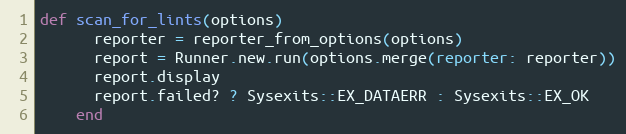
Language: Ruby
def scan_for_lints(options)
      reporter = reporter_from_options(options)
      report = Runner.new.run(options.merge(reporter: reporter))
      report.display
      report.failed? ? Sysexits::EX_DATAERR : Sysexits::EX_OK
    end